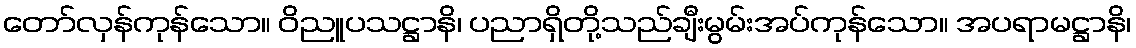
တော်လှန်ကုန်သော။ ဝိညူပသဋ္ဌာနိ၊ ပညာရှိတို့သည်ချီးမွမ်းအပ်ကုန်သော။ အပရာမဋ္ဌာနိ၊